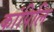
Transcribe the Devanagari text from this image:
कांपिलि